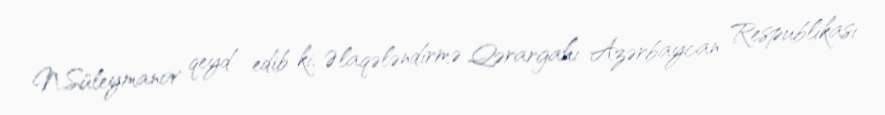
N.Süleymanov qeyd edib ki, Əlaqələndirmə Qərargahı Azərbaycan Respublikası